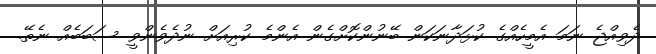
ދެވިއްޖެ ނަމަ އެމީހެއްގެ ކުޅަދާނަކަން ބޭނުންކޮށްގެން އެންމެ ކުރިއަށް ނުދެވެންވީ ސަބަބެއް ނެތޭ.